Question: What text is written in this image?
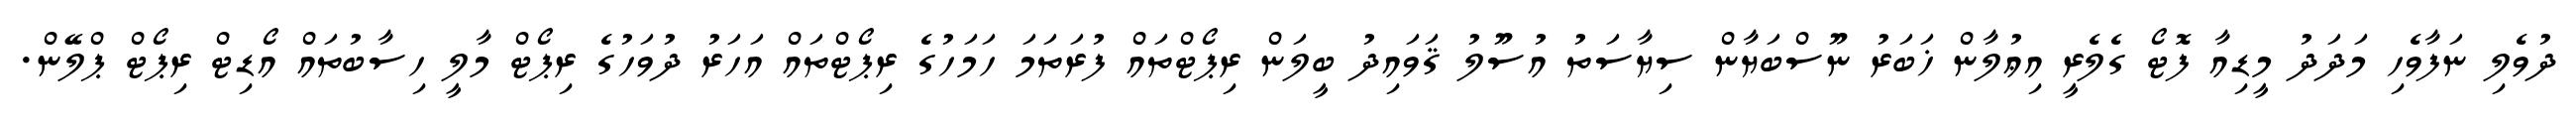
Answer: ދުވެލި ނަފާވެހި މަދަދު މީޑިއާ ފޮޓޯ ގެލެރީ އިޢުލާން ޚަބަރު ނޫސްބަޔާން ސިޔާސަތު އުސޫލު ޤަވައިދު ބީލަން ރިޕޯޓްތައް ފުރަތަމަ ހަމަހުގެ ރިޕޯޓްތައް އަހަރު ދުވަހުގެ ރިޕޯޓް މާލީ ހިސާބުތައް އޯޑިޓް ރިޕޯޓް ޕްލޭން.